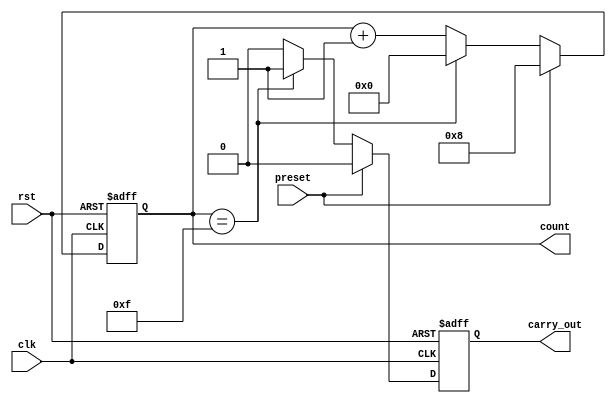
module synchronous_counter(
    input wire clk,
    input wire rst,
    input wire preset,
    output reg[3:0] count,
    output reg carry_out
);

// 4-bit synchronous counter with preset initial value
always @(posedge clk or posedge rst) begin
    if (rst) begin
        count <= 4'b0000;
        carry_out <= 1'b0;
    end else if (preset) begin
        count <= 4'b1000; // preset initial value to 8 (decimal equivalent)
        carry_out <= 1'b0;
    end else begin
        if (count == 4'b1111) begin
            count <= 4'b0000; // overflow, reset count to 0
            carry_out <= 1'b1; // set carry-out signal
        end else begin
            count <= count + 1; // increment count on each clock cycle
            carry_out <= 1'b0;
        end
    end
end

endmodule